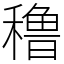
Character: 穞